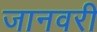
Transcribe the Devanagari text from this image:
जानवरी